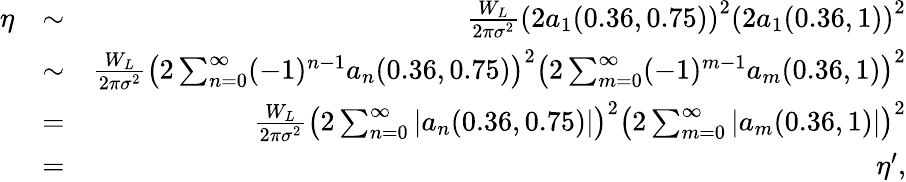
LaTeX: \begin{array}{rlr}{\eta}&{\sim}&{\frac{W_{L}}{2\pi\sigma^{2}}\left(2a_{1}(0.36,0.75)\right)^{2}\left(2a_{1}(0.36,1)\right)^{2}}\\ &{\sim}&{\frac{W_{L}}{2\pi\sigma^{2}}\left(2\sum_{n=0}^{\infty}(-1)^{n-1}a_{n}(0.36,0.75)\right)^{2}\left(2\sum_{m=0}^{\infty}(-1)^{m-1}a_{m}(0.36,1)\right)^{2}}\\ &{=}&{\frac{W_{L}}{2\pi\sigma^{2}}\left(2\sum_{n=0}^{\infty}\left|a_{n}(0.36,0.75)\right|\right)^{2}\left(2\sum_{m=0}^{\infty}\left|a_{m}(0.36,1)\right|\right)^{2}}\\ &{=}&{\eta^{\prime},}\end{array}